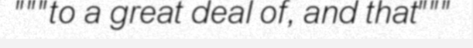
"""to a great deal of, and that"""